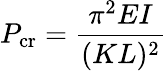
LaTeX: P_{\mathrm{cr}}={\frac{\pi^{2}EI}{(KL)^{2}}}